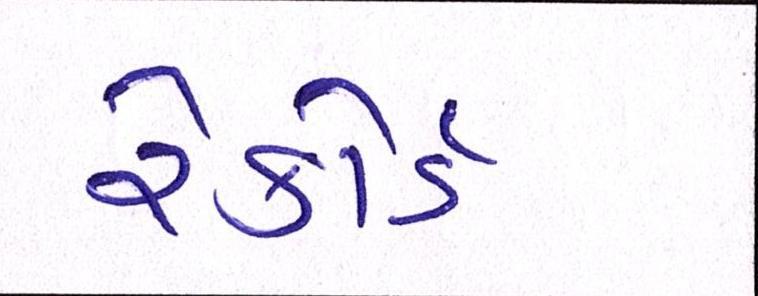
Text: રેકોર્ડ